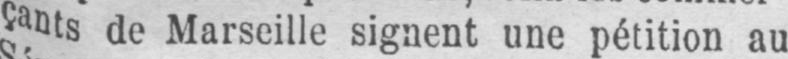
çants de Marseille signent une pétition au